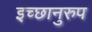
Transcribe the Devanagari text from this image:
इच्छानुरुप